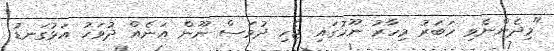
"މިދެންނެވި ހަބަރު މިހާރު ނޫހުގައި ޖެހި ދުވަސް ނޫން އަނެއް ދުވަހު އަޅުގަނޑު